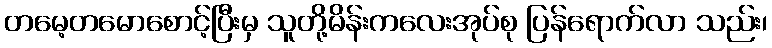
တမေ့တမောစောင့်ပြီးမှ သူတို့မိန်းကလေးအုပ်စု ပြန်ရောက်လာ သည်း၊